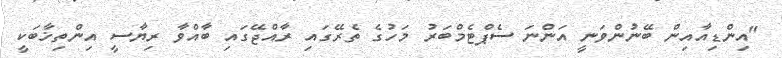
"އިންޑިއާއިން ބޭނުންވަނީ އަންނަ ސެޕްޓެމްބަރު މަހުގެ ތެރޭގައި ރާއްޖޭގައި ބާއްވާ ރިޔާސީ އިންތިޚާބަކީ